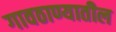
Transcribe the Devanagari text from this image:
गावठाण्यातील